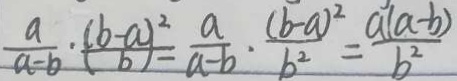
\frac { a } { a - b } \cdot ( \frac { b - a ) ^ { 2 } } { b } = \frac { a } { a - b } \cdot \frac { ( b - a ) ^ { 2 } } { b ^ { 2 } } = \frac { a ( a - b ) } { b ^ { 2 } }